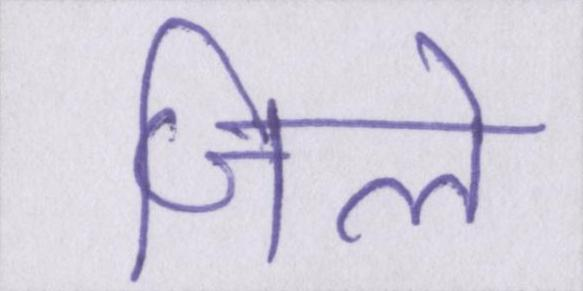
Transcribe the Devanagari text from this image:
जिले